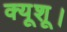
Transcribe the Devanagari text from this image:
क्यूशू।